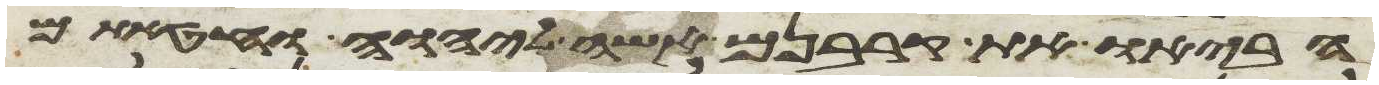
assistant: הביאו את קרבנם אשה ליהוה וחטאתם